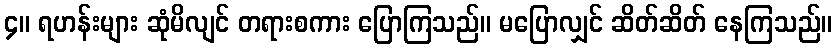
၄။ ရဟန်းများ ဆုံမိလျင် တရားစကား ပြောကြသည်။ မပြောလျှင် ဆိတ်ဆိတ် နေကြသည်။